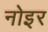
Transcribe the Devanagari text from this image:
नोइर